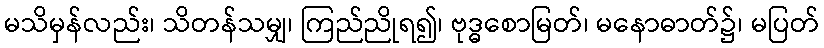
မသိမှန်လည်း၊ သိတန်သမျှ၊ ကြည်ညိုရ၍၊ ဗုဒ္ဓစောမြတ်၊ မနောဓာတ်၌၊ မပြတ်